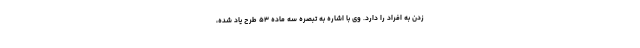
زدن به افراد را دارد. وی با اشاره به تبصره سه ماده ۵۳ طرح یاد شده،